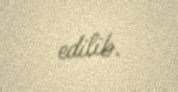
edilib.